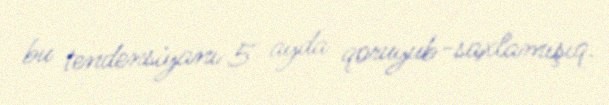
bu tendensiyanı 5 ayda qoruyub-saxlamışıq.